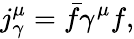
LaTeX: j_{\gamma}^{\mu}=\bar{f}\gamma^{\mu}f,